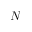
N